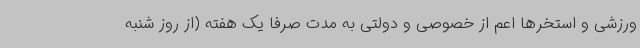
ورزشی و استخرها اعم از خصوصی و دولتی به مدت صرفا یک هفته (از روز شنبه